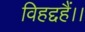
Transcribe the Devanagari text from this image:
विहद्दहैं।।